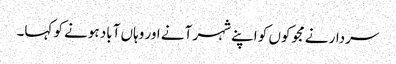
سردار نے مجوکوں کو اپنے شہر آنے اور وہاں آباد ہونے کو کہا۔